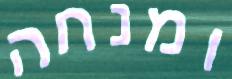
ומנחה